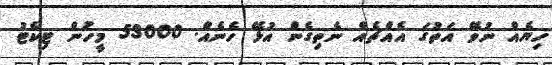
ހިޔެއް ނުވޭ އަތުގަ އެއްޗެއް ނެތިގެން އުޅޭ ހެނެއް. 53000 މީހުން ޓިކެޓު